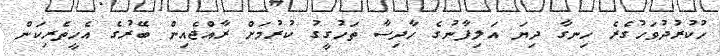
ހުކުރުދުވަހުގެރެ ހިނގާ ދިޔަ އަލިފާނުގެ ހާދިސާ ތަހުގީގު ކުރުމަށް ރާއްޖެއިން ބޭރުގެ އެހީތެރިކަން